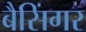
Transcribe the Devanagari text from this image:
बैसिंगर